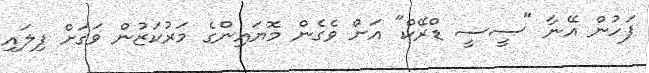
ފަހުން އޭނާ "ސީސީ ޑްރޭކް" އަށް ވެގެން މޮޔައިންގެ މަރުކަޒުން ވަގަށް ފިލައި